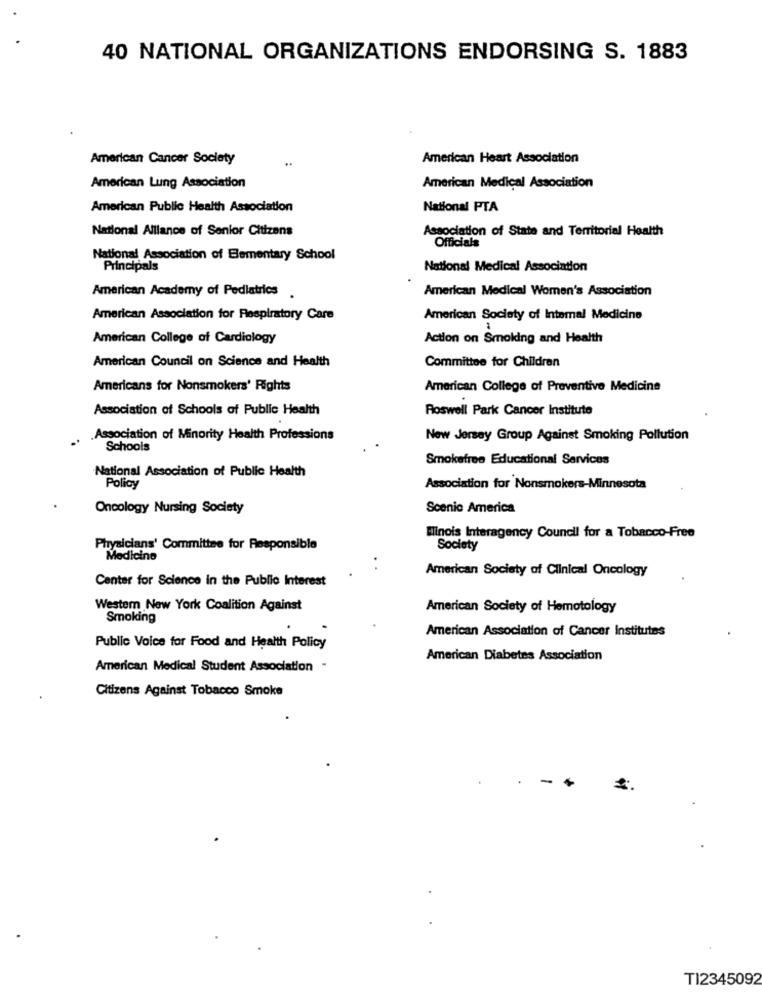
40 NATIONAL ORGANIZATIONS ENDORSING S. 1883
American Cancer Society
American Heart Association
American Lung Association
American Medical Association
American Public Health Association
National PTA
National Alliance of Senior Citizens
Association of State and Territorial Health
Officials
National Association of Bementary School
Principals
National Medical Association
American Academy of Pediatrics .
American Medical Women's Association
American Association for Respiratory Care
American Society of Intemal Medicine
American College of Cardiology
Action on Smoking and Health
American Council on Science and Health
Committee for Children
Americans for Nonsmokers' Rights
American College of Preventive Medicine
Association of Schools of Public Health
Roswell Park Cancer Institute
..
Association of Minority Health Professions
New Jersey Group Against Smoking Pollution
Schools
Smokefree Educational Services
National Association of Public Health
Policy
Association for Nonsmokers-Minnesota
Oncology Nursing Society
Scenic America
Elinois Interagency Council for a Tobacco-Free
Physicians' Committee for Responsible
Society
Medicine
American Society of Clinical Oncology
Center for Science in the Public Interest
Western New York Coalition Against
American Society of Hemotology
Smoking
American Association of Cancer Institutes
Public Voice for Food and Health Policy
American Diabetes Association
American Medical Student Association -
Citizens Against Tobacco Smoke
T12345092